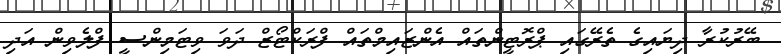
ބޭރުކުރާ ދިޔައިގެ ތެރޭގައި ޕްރޮޓީންތައް އެންޒައިމްތައް ފްރަކްޓޯޒް ދަވަ ވިޓަމިންސީ ފްލެވިން އަދި